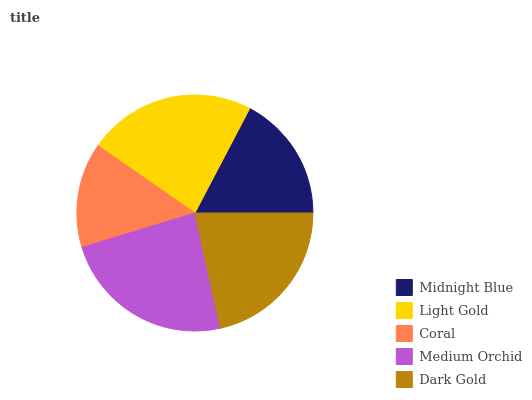
| Midnight Blue | Light Gold | Coral | Medium Orchid | Dark Gold |
 | --- | --- | --- | --- | --- |
 | 17.3% | 23.1% | 14.4% | 23.7% | 21.5% |